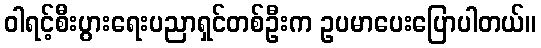
ဝါရင့်စီးပွားရေးပညာရှင်တစ်ဦးက ဥပမာပေးပြောပါတယ်။